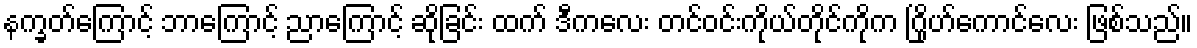
နက္ခတ်ကြောင့် ဘာကြောင့် ညာကြောင့် ဆိုခြင်း ထက် ဒီကလေး တင်ဝင်းကိုယ်တိုင်ကိုက ဂြိုဟ်ကောင်လေး ဖြစ်သည်။